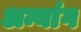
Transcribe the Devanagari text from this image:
अन्यांग